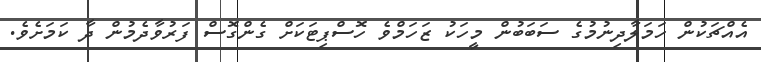
އެއްޗަކުން ހަމަލާދިނުމުގެ ސަބަބުން މީހަކު ޒަހަމްވެ ހޮސްޕިޓަކަށް ގެންގޮސް ފަރުވާދެމުން ދާ ކަމަށެވެ.